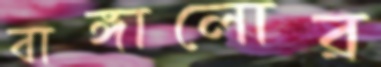
বাঙ্গালোর